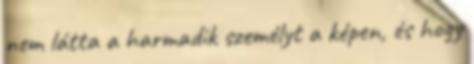
nem látta a harmadik személyt a képen, és hogy